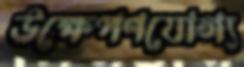
উক্ষেপণযোগ্য